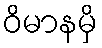
ဝိမာနမှိ